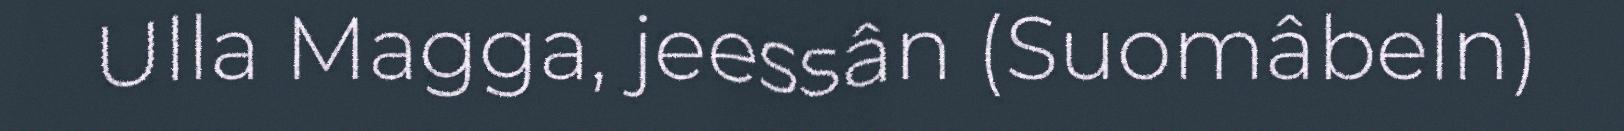
Ulla Magga, jeessân (Suomâbeln)